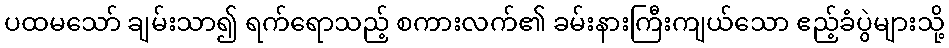
ပထမသော် ချမ်းသာ၍ ရက်ရောသည့် စကားလက်၏ ခမ်းနားကြီးကျယ်သော ဧည့်ခံပွဲများသို့